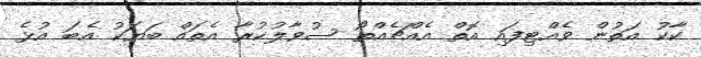
ކާކު އަތުން ވެއްޓިފައި އޮތް އެއްޗެއްތޯ ސުވާލުކުރާ އެތައް ބަޔަކު އެބަ އުޅެ